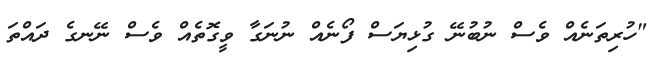
"ހުރިތަނެއް ވެސް ނުބުނޭ ގުޅިޔަސް ފޯނެއް ނުނަގާ ވީގޮތެއް ވެސް ނޭނގެ ދައްތަ